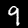
Label: 9